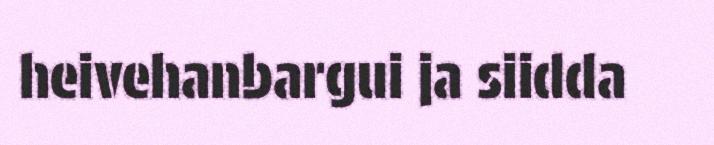
heivehanbargui ja siidda